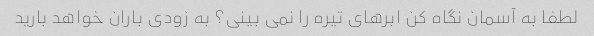
لطفا به آسمان نگاه کن ابرهای تیره را نمی بینی؟ به زودی باران خواهد بارید